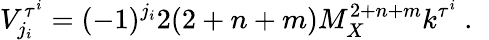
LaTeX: V_{j_{i}}^{\tau^{i}}=(-1)^{j_{i}}2(2+n+m)M_{X}^{2+n+m}k^{\tau^{i}}~.~\,